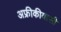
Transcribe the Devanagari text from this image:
अफ्रीकीवासी